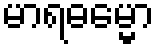
မာရဓမ္မော